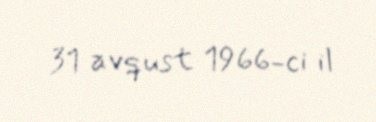
31 avqust 1966-ci il